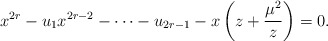
\begin{align*}x^{2r}-u_{1}x^{2r-2}-\cdots-u_{2r-1}-x\left(z+{\mu^2\over z}\right)=0.\end{align*}